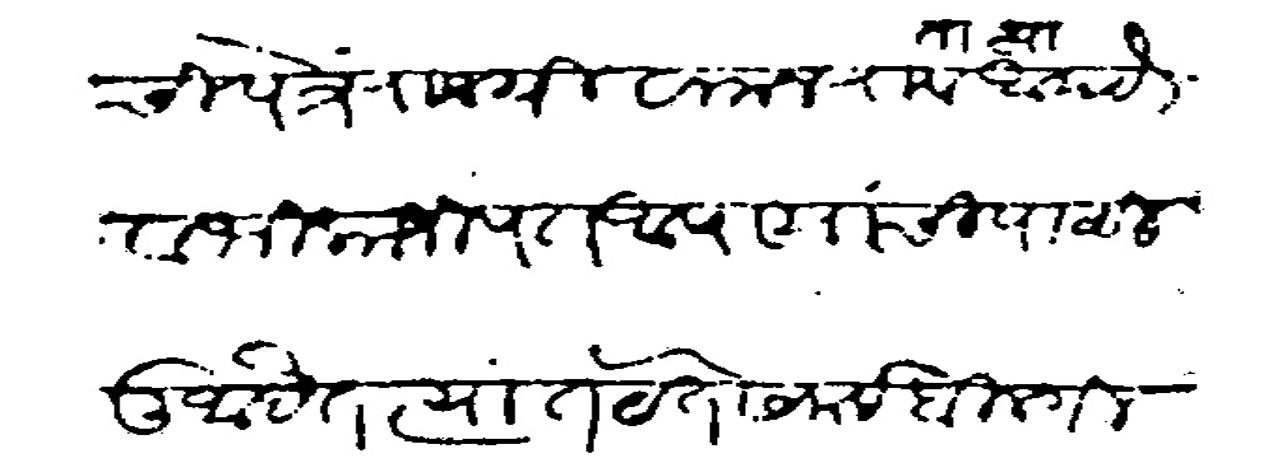
Transliteration (Devanagari): विषईची पत्रे राजश्री वामनराव तात्या आपटे व भिकाजीपंत आपा यांची पाठवीली आहेत त्यास येते समई बिलगीचे